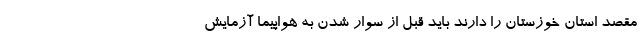
مقصد استان خوزستان را دارند باید قبل از سوار شدن به هواپیما آزمایش